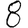
Digit: 8